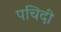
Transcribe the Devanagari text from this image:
पचिदी